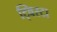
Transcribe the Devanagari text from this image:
ट्विस्टा